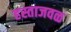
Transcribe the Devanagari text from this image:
हस्ताजवळ